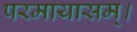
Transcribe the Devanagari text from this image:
परमायासम्‌।